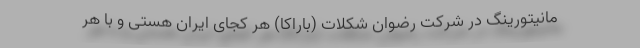
مانیتورینگ در شرکت رضوان شکلات (باراکا) هر کجای ایران هستی و با هر